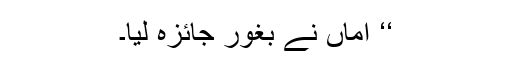
‘‘ اماں نے بغور جائزہ لیا۔